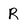
Character: R